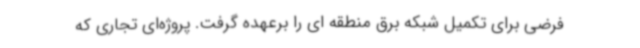
فرضی برای تکمیل شبکه برق منطقه ای را برعهده گرفت. پروژه‌ای تجاری که